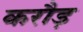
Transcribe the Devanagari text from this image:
करौड़